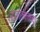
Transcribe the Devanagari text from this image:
रोजानामचा